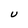
Character: U